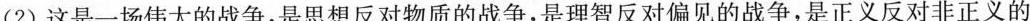
(2) 这是一场伟大的战争，是思想反对物质的战争，是理智反对偏见的战争，是正义反对非正义的